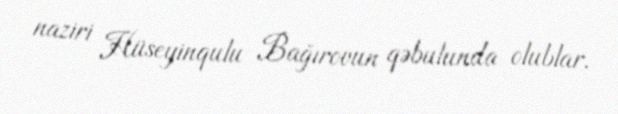
naziri Hüseyinqulu Baǧırovun qəbulunda olublar.